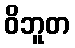
ဝိဘူတ